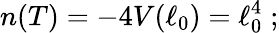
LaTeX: n(T)=-4V(\ell_{0})=\ell_{0}^{4}\; ;